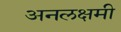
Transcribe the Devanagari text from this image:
अनलक्षमी